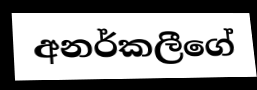
අනර්කලීගේ